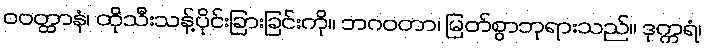
ဝဝတ္ထာနံ၊ ထိုသီးသန့်ပိုင်းခြားခြင်းကို။ ဘဂဝတာ၊ မြတ်စွာဘုရားသည်။ ဒုက္ကရံ၊